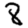
Digit: 8